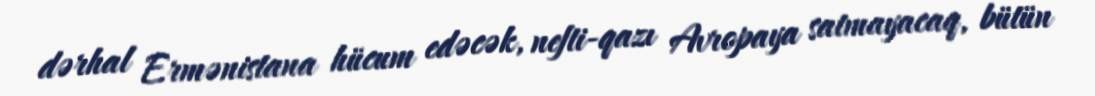
dərhal Ermənistana hücum edəcək, nefti-qazı Avropaya satmayacaq, bütün